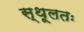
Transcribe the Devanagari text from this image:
स्थूलतः